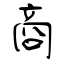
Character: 商